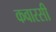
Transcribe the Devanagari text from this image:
कवारसी